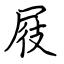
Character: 屐